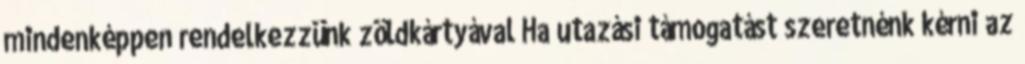
mindenképpen rendelkezzünk zöldkártyával Ha utazási támogatást szeretnénk kérni az